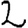
Digit: 2